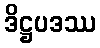
ဒိဋ္ဌပဒဿ